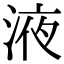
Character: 液